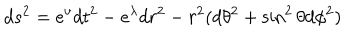
d s ^ { 2 } = e ^ { \nu } d t ^ { 2 } - e ^ { \lambda } d r ^ { 2 } - r ^ { 2 } ( d \theta ^ { 2 } + \sin ^ { 2 } \theta d \phi ^ { 2 } )